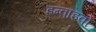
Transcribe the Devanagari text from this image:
इन्वाइवो